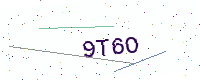
Text: 9T6O